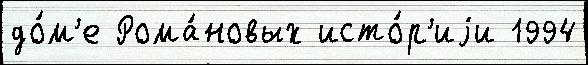
до́м'е Рома́новых исто́р'иjи 1994